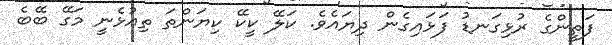
ފަތީންގެ ރުޅިގަނޑު ފަޅައިގެން ދިޔައެވެ. ކަލޭ ކީކޭ ކިޔަންތަ ތިއުޅެނީ މަގޭ ބޭބެ